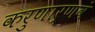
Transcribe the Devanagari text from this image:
करुणार्णवं